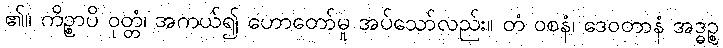
၏။ ကိဉ္စာပိ ဝုတ္တံ၊ အကယ်၍ ဟောတော်မူ အပ်သော်လည်း။ တံ ဝစနံ၊ ဒေဝတာနံ အဒ္ဓဉ္စ